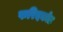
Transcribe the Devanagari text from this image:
फरिदकोट